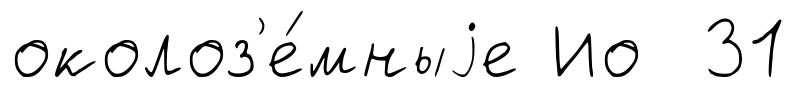
околоз'е́мныjе Ио 31